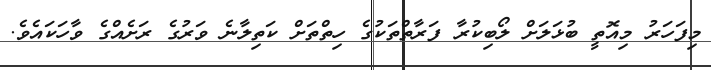
މިފަހަރު މިއޮތީ ބުޅަލަށް ލޯބިކުރާ ފަރާތްތަކުގެ ހިތްތަށް ކަތިލާނެ ވަރުގެ ރަށެއްގެ ވާހަކައެވެ.